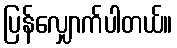
ပြန်လျှောက်ပါတယ်။